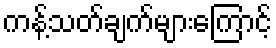
ကန့်သတ်ချက်များကြောင့်